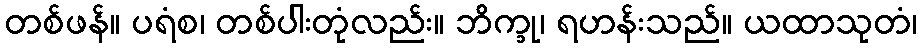
တစ်ဖန်။ ပရံစ၊ တစ်ပါးတုံလည်း။ ဘိက္ခု၊ ရဟန်းသည်။ ယထာသုတံ၊